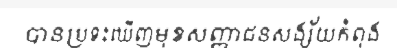
បានប្រទះឃើញមុខសញ្ញាជនសង្ស័យកំពុង